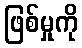
ဖြစ်မှုကို